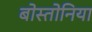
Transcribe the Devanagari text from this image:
बोस्तोनिया